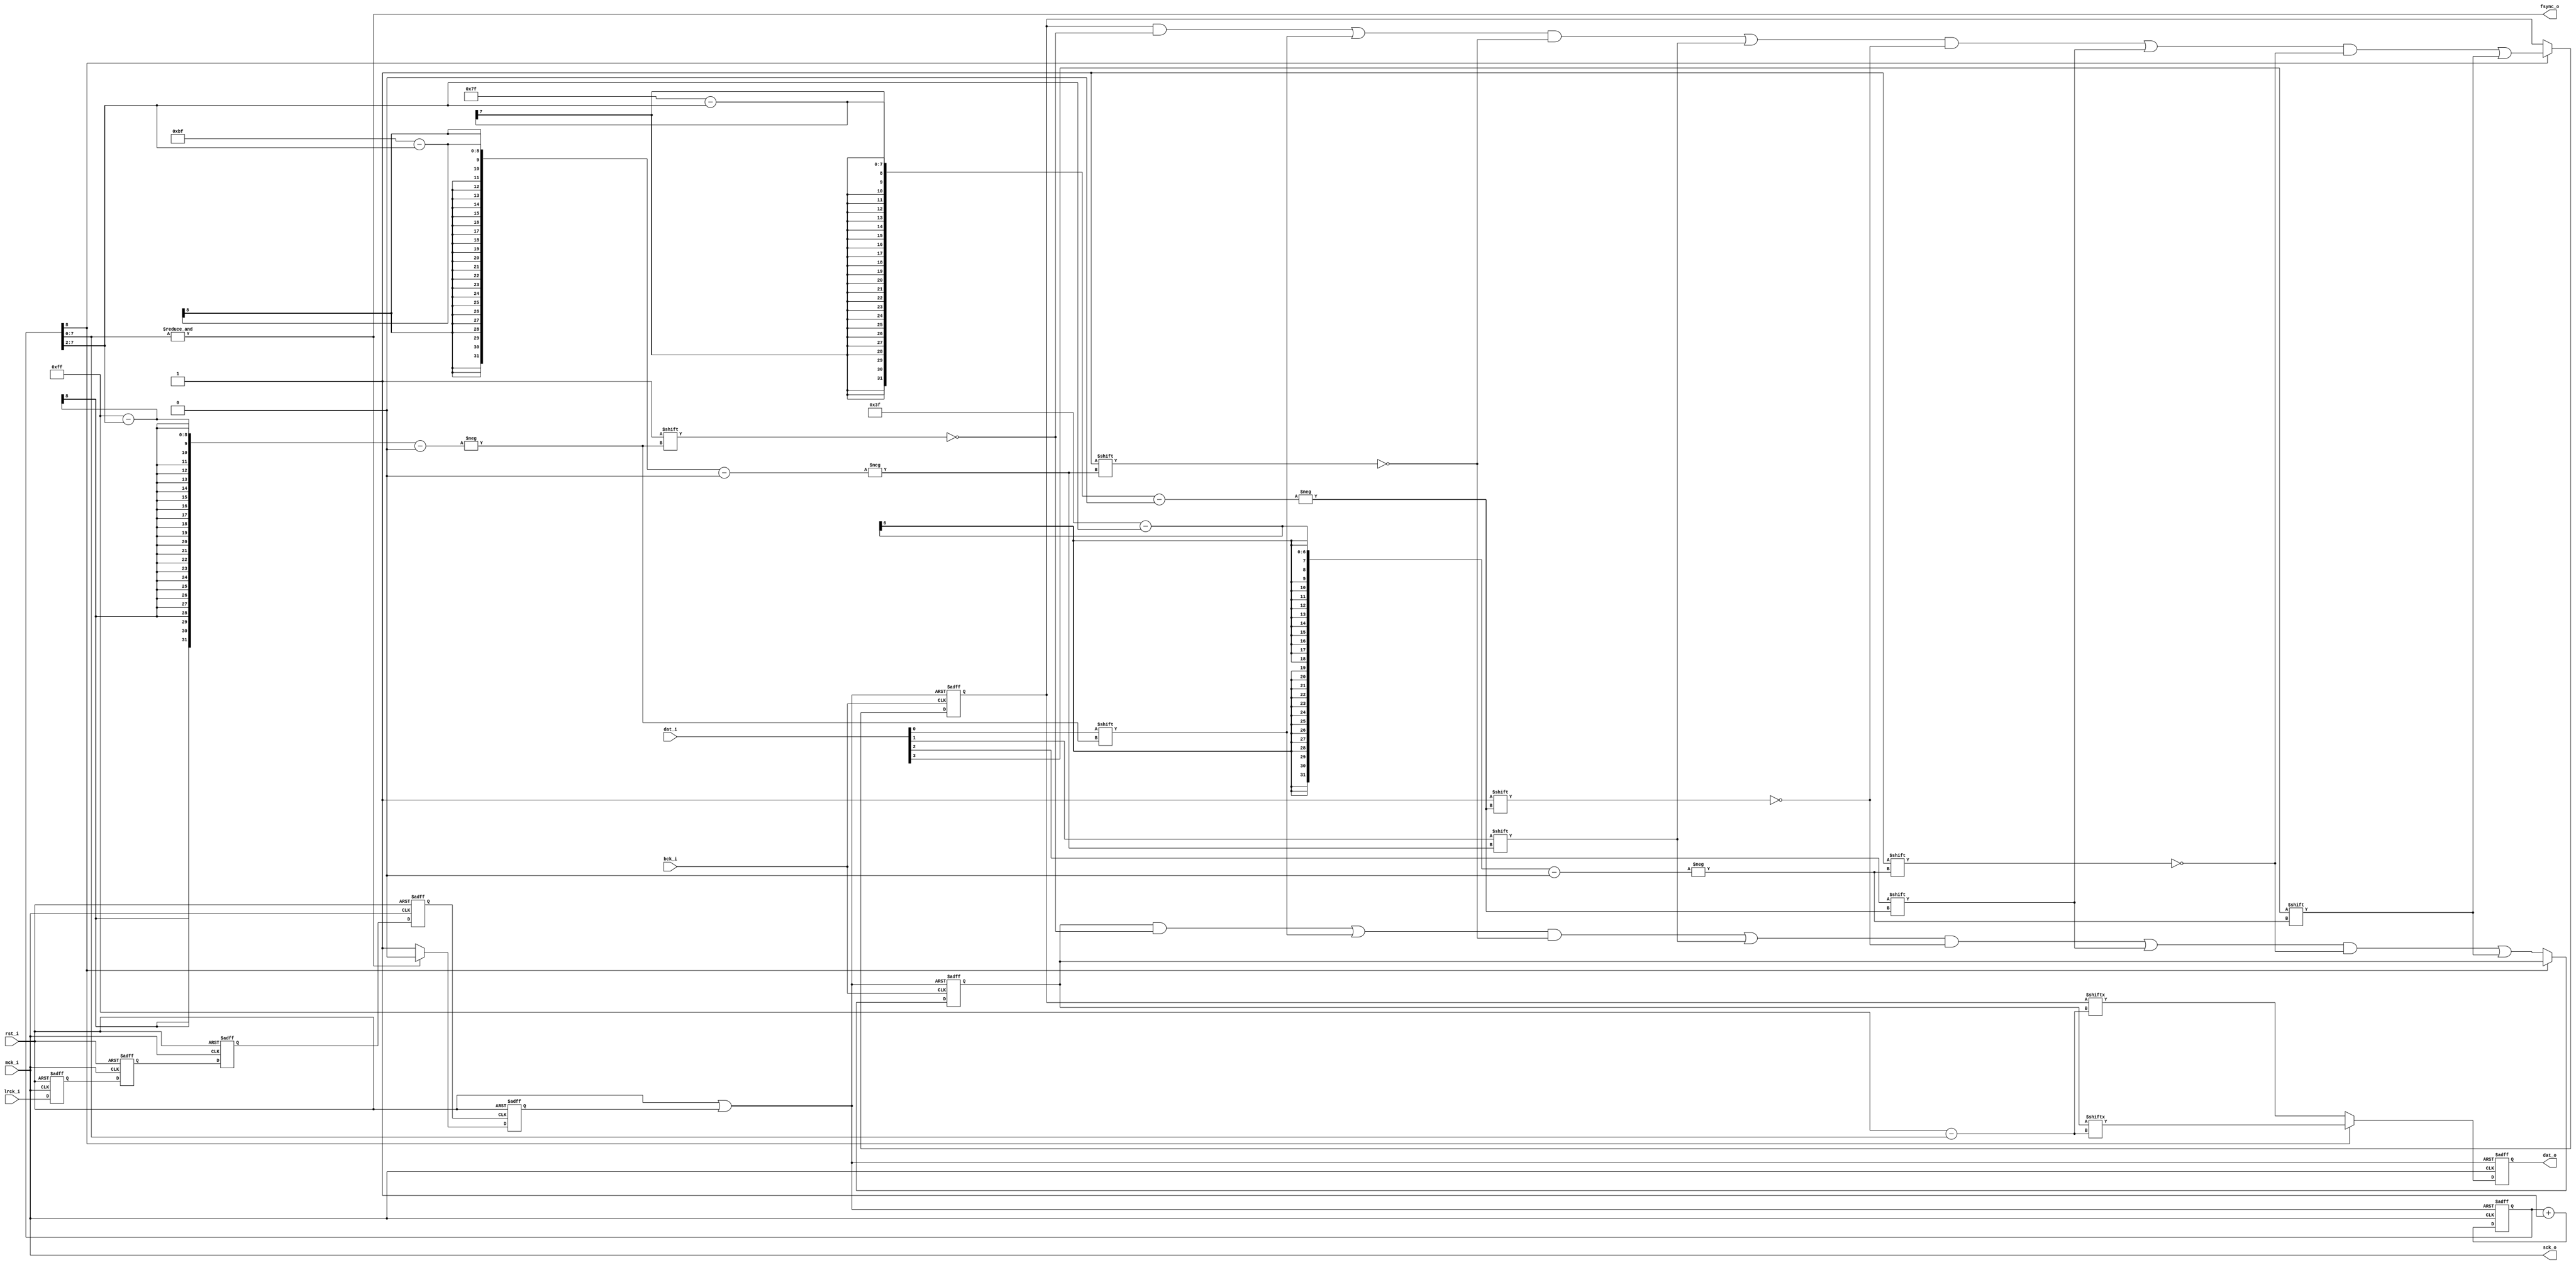
module i2s_to_tdm_comverter(
	rst_i, 
	mck_i, 
	bck_i, 
	lrck_i, 
	dat_i, 
	sck_o, 
	fsync_o, 
	dat_o
);

//
// Parameters
//

//
// I/O Ports
// 
	input rst_i;		// reset
	input mck_i;		// 256fs
	input bck_i;		// 64fs
	input lrck_i;		// fs
	input [3:0] dat_i;
	output sck_o;		// 256fs
	output fsync_o;		// fs
	output reg dat_o;	// multi ch output
	
//
// Wires, Registers
//
	reg rst_int;
	wire rst = rst_i | rst_int;
	reg [8:0] bit_cnt; // input data bit counter
	wire bank = bit_cnt[8];
//	reg bank;			// FIFO Buffer Bank
	wire sck = mck_i; 	// internal system clock
	assign sck_o = sck;
	wire [5:0] inbit_cnt = bit_cnt[7:2];
//
// module
//

	// LRCK Negedge Detector
	reg d_lrck_1, d_lrck_2, d_lrck_3, d_lrck_4, d_lrck_5, d_lrck_6; 	// Delayed LRCK
	wire lrck_negedge_flag;		// Frame Sync for LRCK Falling Edge
	assign lrck_negedge_flag = (d_lrck_4 ^ d_lrck_6) & ~d_lrck_4;
	always @ (posedge sck or posedge rst_i) begin
		if(rst_i) begin
			d_lrck_1 <= 1'b0;
			d_lrck_2 <= 1'b0;
			d_lrck_3 <= 1'b0;
			d_lrck_5 <= 1'b0;
		end
		else begin
			d_lrck_1 <= lrck_i;
			d_lrck_2 <= d_lrck_1;
			d_lrck_3 <= d_lrck_2;
			d_lrck_5 <= d_lrck_4;
		end
	end
	always @ (negedge sck or posedge rst_i) begin
		if(rst_i) begin
			d_lrck_4 <= 1'b0;
			d_lrck_6 <= 1'b0;
		end
		else begin
			d_lrck_4 <= d_lrck_3;
			d_lrck_6 <= d_lrck_5;
		end
	end

	// Internal Async Reset
	always @ (negedge d_lrck_4 or posedge rst_i) begin
		if(rst_i) begin
			rst_int <= 1'b1;
		end
		else begin
			if(&bit_cnt[7:0]) begin
				rst_int <= 1'b0;
			end
			else begin
				rst_int <= 1'b1;
			end
		end
	end

	// Bit counter 
	always @ (negedge sck or posedge rst) begin
		if(rst) begin
			bit_cnt <= 9'b111111111;
		end
		else begin 
			bit_cnt <= bit_cnt + 1'b1;
		end
	end
		
	// Input Buffer
	reg [255:0] fifo_a;
	reg [255:0] fifo_b;
	always @ (posedge bck_i or posedge rst) begin
		if(rst) begin
			fifo_a <= 256'b0;
			fifo_b <= 256'b0;
		end
		else begin
			if(!bank) begin
				fifo_a[255-bit_cnt[7:2]] <= dat_i[0];
				fifo_a[191-bit_cnt[7:2]] <= dat_i[1];
				fifo_a[127-bit_cnt[7:2]] <= dat_i[2];
				fifo_a[63-bit_cnt[7:2]] <= dat_i[3];
			end
			else begin
				fifo_b[255-bit_cnt[7:2]] <= dat_i[0];
				fifo_b[191-bit_cnt[7:2]] <= dat_i[1];
				fifo_b[127-bit_cnt[7:2]] <= dat_i[2];
				fifo_b[63-bit_cnt[7:2]] <= dat_i[3];
			end
		end
	end
	
	// TDM Generator
	always @ (posedge sck or posedge rst) begin
		if(rst) begin
			dat_o <= 1'b0; 
		end
		else begin
			if(!bank) begin
				dat_o <= fifo_b[255-bit_cnt[7:0]];
			end
			else begin
				dat_o <= fifo_a[255-bit_cnt[7:0]];
			end
		end
	end
	
	assign fsync_o = &bit_cnt[7:0];
	
	
endmodule